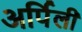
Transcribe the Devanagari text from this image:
अर्पिली